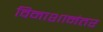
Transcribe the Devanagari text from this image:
विनाशानंतर